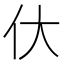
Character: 㐲